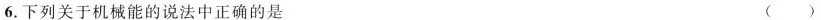
6.下列关于机械能的说法中正确的是 ( )